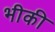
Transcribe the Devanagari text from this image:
भीकी